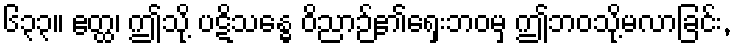
၆၃၃။ ဧတ္ထ၊ ဤသို့ ပဋိသန္ဓေ ဝိညာဉ်၏ရှေးဘဝမှ ဤဘဝသို့မလာခြင်း,